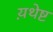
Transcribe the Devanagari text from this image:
य़थेष्ट